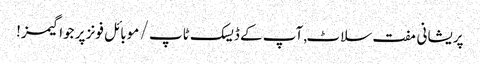
پریشانی مفت سلاٹ, آپ کے ڈیسک ٹاپ / موبائل فونز پر جوا گیمز!